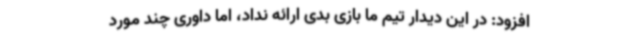
افزود: در این دیدار تیم ما بازی بدی ارائه نداد، اما داوری چند مورد